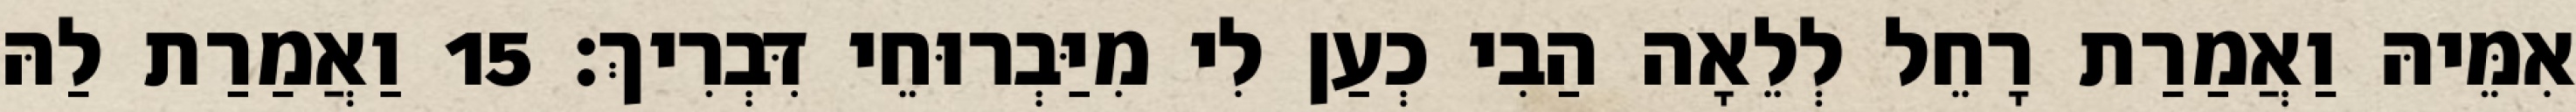
אִמֵּיהּ וַאֲמַרַת רָחֵל לְלֵאָה הַבִי כְעַן לִי מִיַּבְרוּחֵי דִּבְרִיךְ׃ 15 וַאֲמַרַת לַהּ